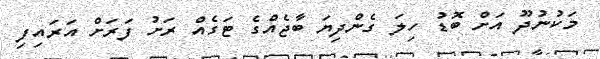
މަކުނުދޫ އަށް ބޮޑު ހިލަ ގެންދިޔަ ބާޖެއްގެ ޓަގެއް ރަށު ފަރަށް އަރައިފި